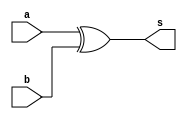
module gf256_sum(
    input [7:0] a,
    input [7:0] b,

    output [7:0] s
);

assign s = a^b;

endmodule